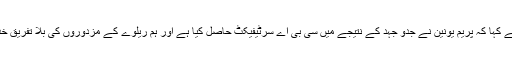
شیخ محمد انور نے کہا کہ پریم یونین نے جدو جہد کے نتیجے میں سی بی اے سرٹیفیکٹ حاصل کیا ہے اور ہم ریلوے کے مزدوروں کی بلا تفریق خد مت کریں گے ۔